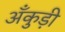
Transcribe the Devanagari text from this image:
अँकुड़ी